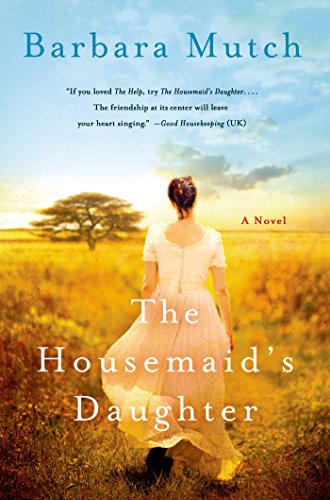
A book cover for The Housemaid's Daughter; Barbara Mutch; Literature & Fiction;